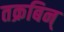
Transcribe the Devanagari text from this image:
तक्रबिन्